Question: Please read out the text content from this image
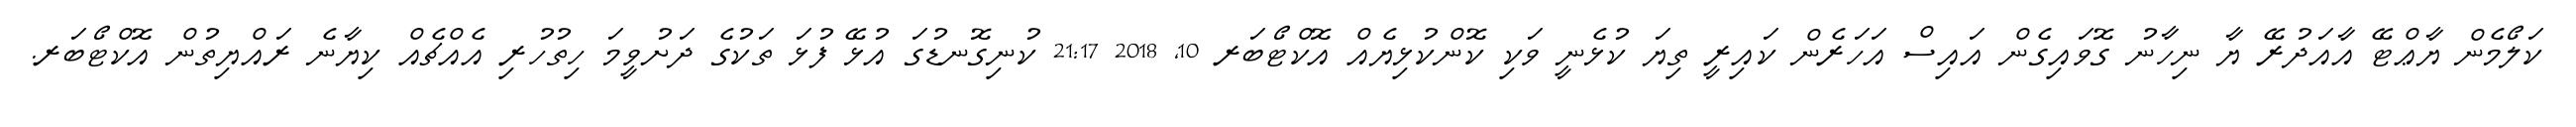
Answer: ކަލޯމެން ޔާޢްޓޭ އާއަދުރޭ ޔާ ނިހާނު ގޮވައިގެން އައިސް އަހަރެން ކައިރީ ތިޔަ ކުޅެނީ ވަކި ކޮންކުޅިޔެއް އޮކްޓޯބަރ 10, 2018 21:17 ކުނިގޮނޑުގަ އުޅޭ ފުޅަ ތަކުގެ ދަށުވީމަ ހިތުހުރި އެއްޗެއް ކިޔާނެ ރައްޔިތުން އޮކްޓޯބަރ.